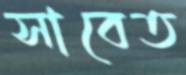
সাবেত